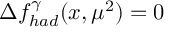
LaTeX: \Delta f _ { h a d } ^ { \gamma } ( x , \mu ^ { 2 } ) = 0